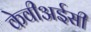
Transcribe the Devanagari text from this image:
केवीअईसी